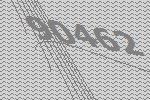
90462